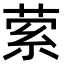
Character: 萦